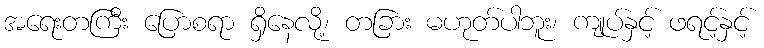
အရေးတကြီး ပြောစရာ ရှိနေလို့၊ တခြား မဟုတ်ပါဘူး၊ ကျုပ်နှင့် ဖရင့်နှင့်